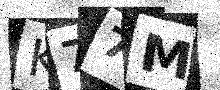
Text: K77M